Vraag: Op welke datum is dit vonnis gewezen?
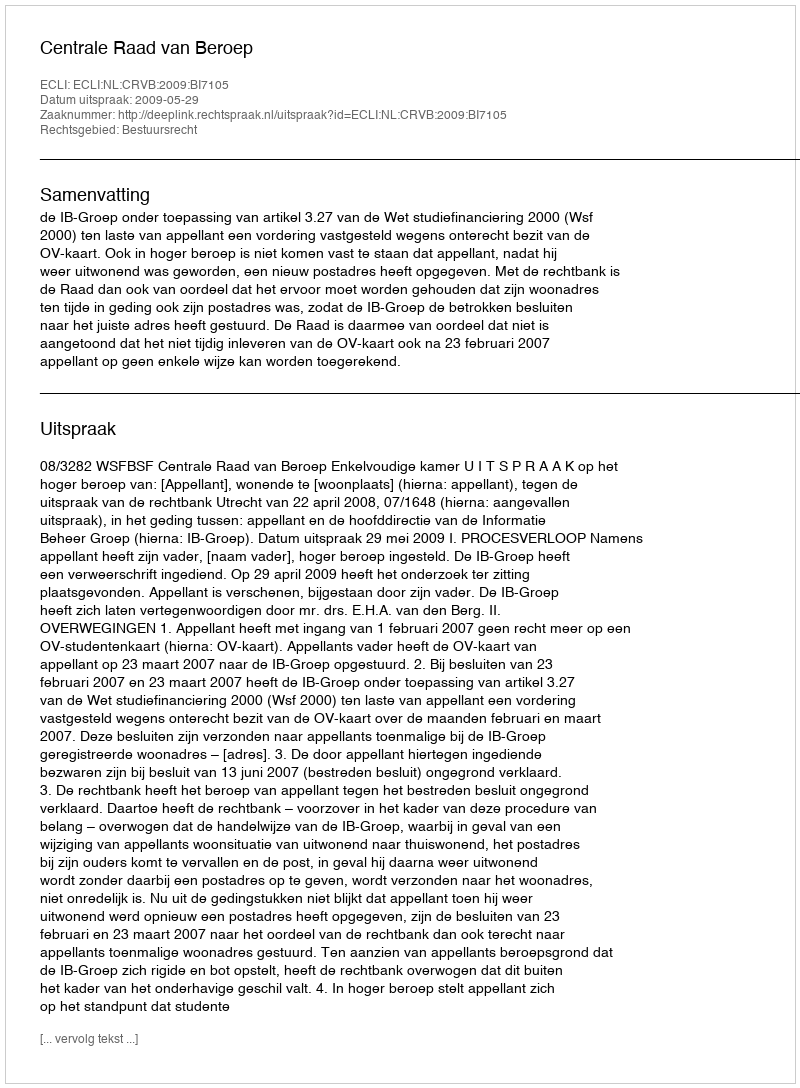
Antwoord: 2009-05-29